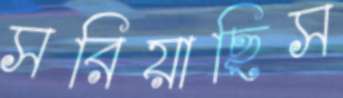
সরিয়াছিস